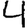
Digit: 4